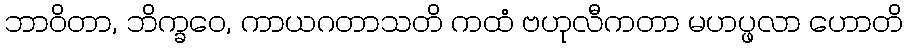
ဘာဝိတာ, ဘိက္ခဝေ, ကာယဂတာသတိ ကထံ ဗဟုလီကတာ မဟပ္ဖလာ ဟောတိ